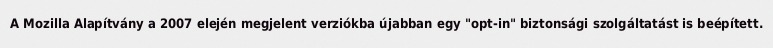
A Mozilla Alapítvány a 2007 elején megjelent verziókba újabban egy "opt-in" biztonsági szolgáltatást is beépített.